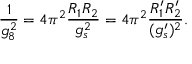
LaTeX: \frac { 1 } { g _ { 8 } ^ { 2 } } = 4 \pi ^ { 2 } \frac { R _ { 1 } R _ { 2 } } { g _ { s } ^ { 2 } } = 4 \pi ^ { 2 } \frac { R _ { 1 } ^ { \prime } R _ { 2 } ^ { \prime } } { ( g _ { s } ^ { \prime } ) ^ { 2 } } .